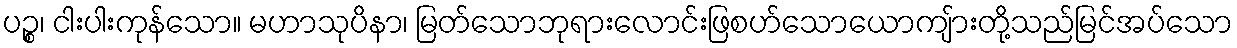
ပဉ္စ၊ ငါးပါးကုန်သော။ မဟာသုပိနာ၊ မြတ်သောဘုရားလောင်းဖြစဟ်သောယောကျ်ားတို့သည်မြင်အပ်သော